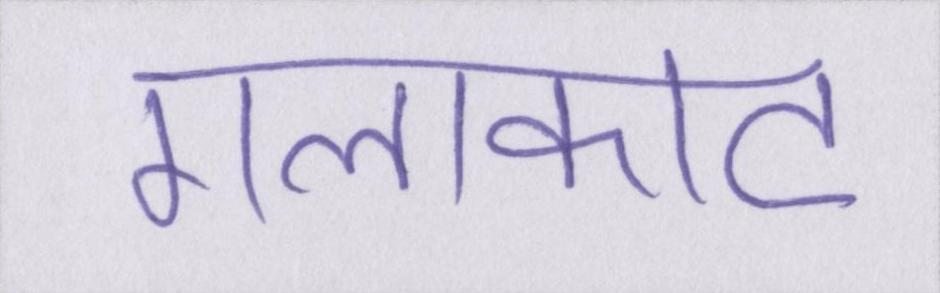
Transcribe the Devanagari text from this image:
गलाकाट